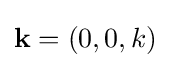
{\textstyle \mathbf {k} =(0,0,k)}